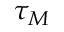
\tau _ { M }